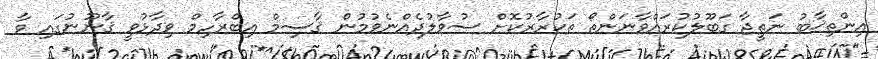
އިންތިޚާބު ނަތީޖާ ގަބޫލުކުރައްވާނަންތޯ ތަކުރާރުކޮށް ސުވާލުދެއްނެވުމުން ޤާސިމް އިބްރާހިމް ވިދާޅުވީ ޤާނޫނުގައި ވާ